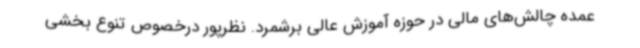
عمده چالش‌های مالی در حوزه آموزش عالی برشمرد. نظرپور درخصوص تنوع بخشی